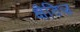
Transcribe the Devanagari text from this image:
क्षैतिज़